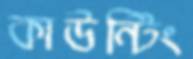
কাউন্টিং